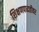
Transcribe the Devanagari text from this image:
शिक्षणपध्दतीवर